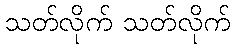
သတ်လိုက် သတ်လိုက်